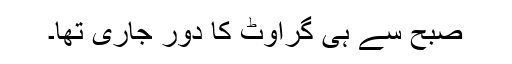
صبح سے ہی گراوٹ کا دور جاری تھا۔